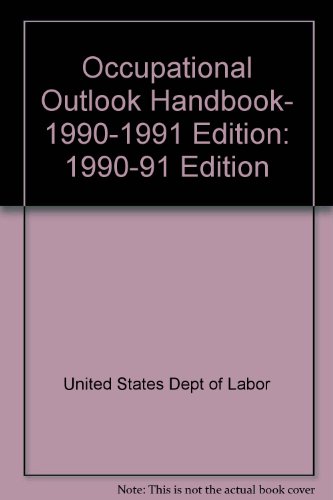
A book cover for Occupational Outlook Handbook, 1990-1991 Edition: 1990-91 Edition; U S Department of Labor; Business & Money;